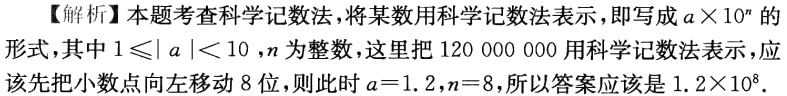
【解析】本题考查科学记数法，将某数用科学记数法表示，即写成\(a\times10^{n}\)的形式，其中\(1\leqslant| a |< 10\)，\(n\)为整数，这里把\(120 000 000\)用科学记数法表示，应该先把小数点向左移动\(8\)位，则此时\(a = 1.2\)，\(n = 8\)，所以答案应该是\(1.2\times10^{8}\)。